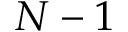
N - 1